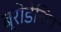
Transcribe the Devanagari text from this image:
ब्रोडेनिंग